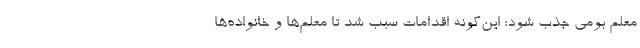
معلم بومی جذب شود؛ این‌گونه اقدامات سبب شد تا معلم‌ها و خانواده‌ها